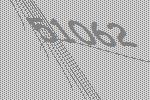
51062